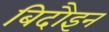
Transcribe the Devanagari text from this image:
बिदौइन